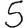
Digit: 5